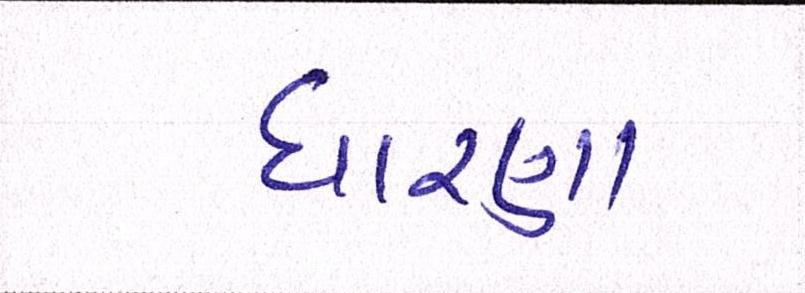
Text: ધારણા